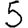
Digit: 5